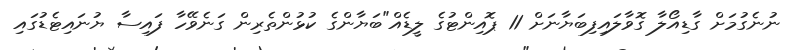
ނުނެގުމަށް ގާޑިއޯލާ ގޮވާލައިފިބަޔާނަށް 11 ޕޮއިންޓުގެ ލީޑެއް"ބަޔާންގެ ކުޅުންތެރިން ގަނެވޭހާ ފައިސާ ޔުނައިޓެޑުގައި